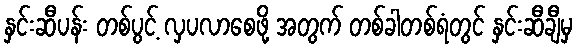
နှင်းဆီပန်း တစ်ပွင့် လှပလာစေဖို့ အတွက် တစ်ခါတစ်ရံတွင် နှင်းဆီချီမှ